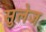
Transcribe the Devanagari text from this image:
सुलेज